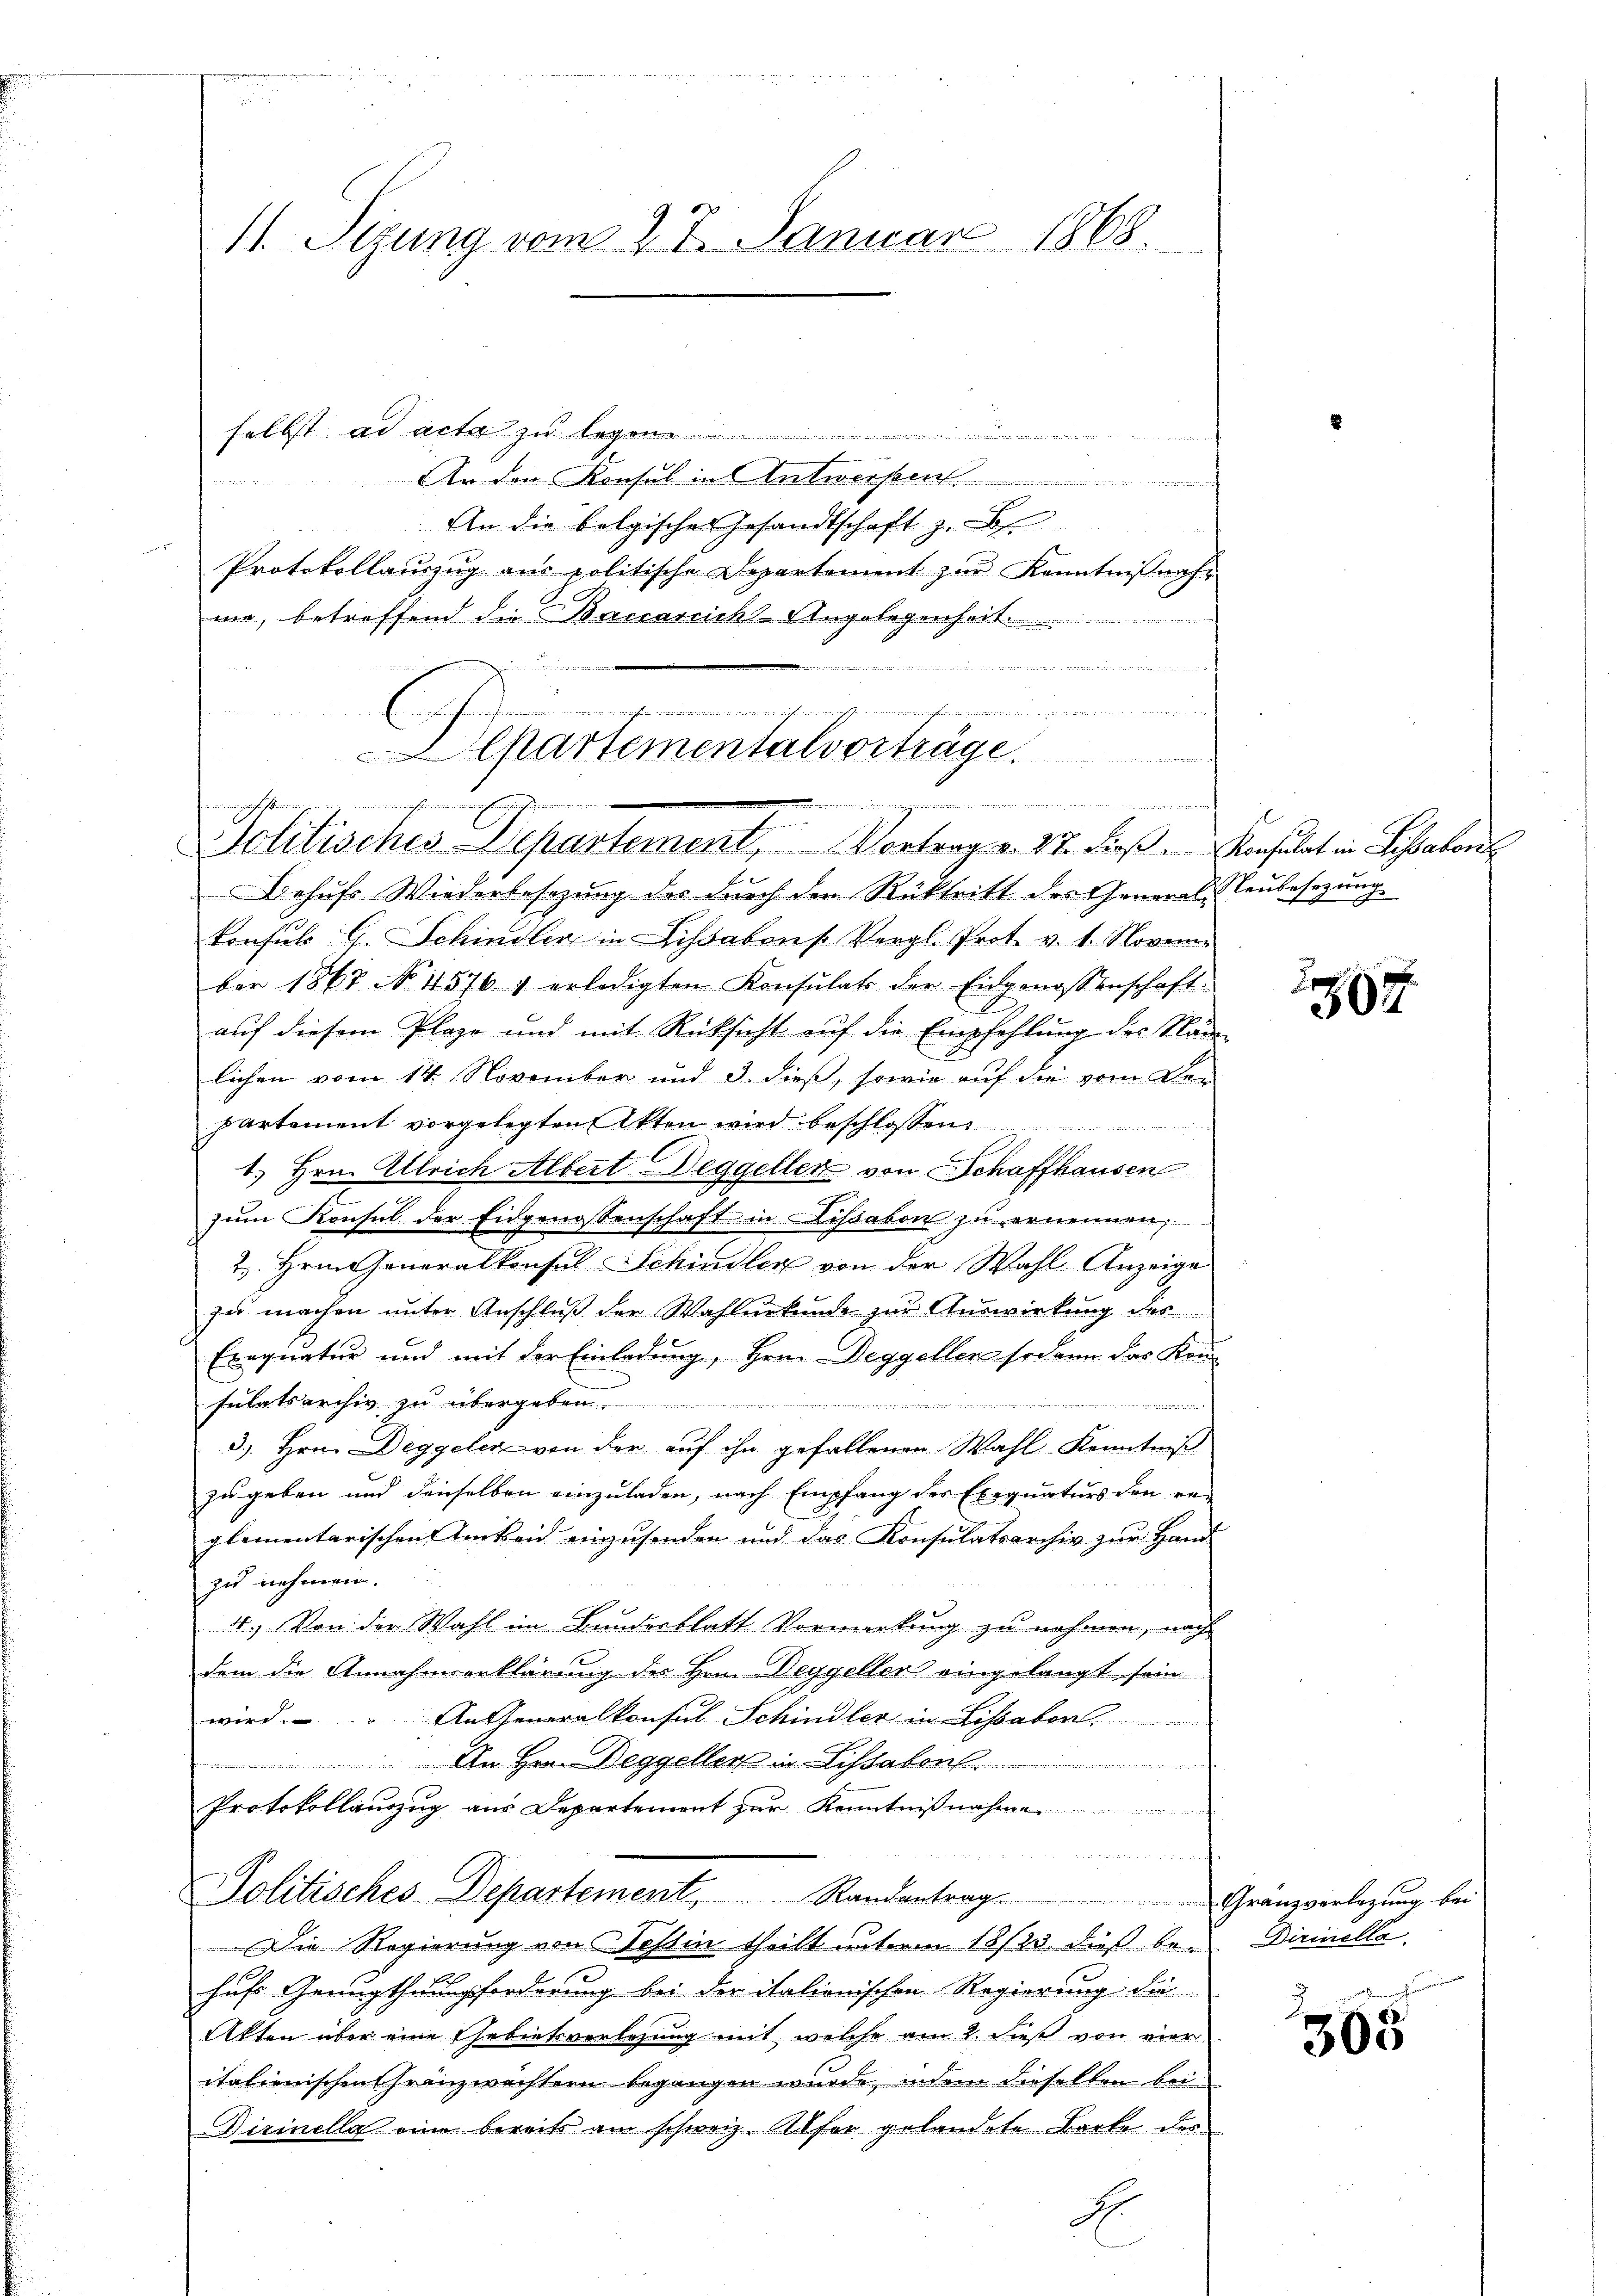
11. Sizung vom 27. Januar 1868.

selbst ad acta zu legen
3
An den Konsul in Antworfen
An die belgisches Gesandtschaft z. B.
Protokollaŭszŭg aŭs politische Departement zŭr Kenntnißnahma, betreffend die Bauanricht-Angelegenheit
n
winten den an den

       ge
C
Alkartementalvorträge

.
.
Solitisches Departement, Vortrag v. 27. dieβ Konsulat in Lissabon

Behufs Wiederbesezung des durch den Rücktritt des General-Leubesezung
konsuls G. Schindler in Lissabons Vergl. Prot. v. 1. Novem
ber 1867 No 11576 1 erledigten Konsulats der Eidgenossenschaft
auf diesem Plaze und mit Rücksicht auf die Empfehlung des Nam
lichen vom 14. November und d. dieß, sowie auf die vom De-
partement vorgelegten Akten wird beschlossen
1. Hrn. Ulrich Albert Deggellen von Schaffhausen
n
zŭm Konsul der Eidgenossenschaft in Lisabon zu ernennen,
2. Hrn. Generalkonsul Schindler von der Wahl Anzeige
zu machen unter Anschluß der Wahlurkunde zur Auswirkung des
Exequatur und mit der Einladung, Herrn Deggellen sodann das Konsulatsarchiv zu übergeben ...................
3.) Hrn. Diggeler von der auf ihn gefallenen Wahl Kenntniß
zu geben und denselben einzuladen, nach Empfang des Exequaturs den re-
glementarischen Ankend einzusenden und das Konsulatsarchiv zur Hand-
zu nehmen.
11.) Von der Wahl im Bundesblatt Vormerkung zu nehmen, nach
dem die Annahmserklärung des Hrn. Deggeller eingelangt, sein
wird. An Generalkonsul Schindler in Lissabon
i. Am Herrn Deggellen in Lissabon
Protokollauszug aus Departement zur Kenntnißnahme

Politisches Departement, Randantrag. Gränzverlegung bei
Die Regierung von Tessin theilt unterm 18/23. dieß bei Dirinella
bef
hufs Genugthuugforderung bei der italionischen Regierung die
Akten über eine Gebietverlegung mit welche am 2. dieß von vier
itationischen Gränzwächtern begangen wurde, indem dieselben bei¬
Dirinelle eine bereits am schweiz. Alfer gelandete Barke des
A

2
507

305